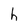
Character: h